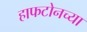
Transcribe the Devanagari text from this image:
हाफटोनच्या